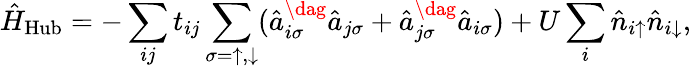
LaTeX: \hat{H}_{\textrm{Hub}}=-\sum_{ij}t_{ij}\sum_{\sigma=\uparrow,\downarrow}(\hat{a}_{i\sigma}^{\dag}\hat{a}_{j\sigma}+\hat{a}_{j\sigma}^{\dag}\hat{a}_{i\sigma})+U\sum_{i}\hat{n}_{i\uparrow}\hat{n}_{i\downarrow},